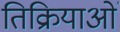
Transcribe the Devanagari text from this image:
तिक्रियाओं